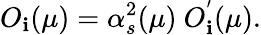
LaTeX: O_{\mathbf{i}}(\mu)=\alpha_{s}^{2}(\mu)~O_{\mathbf{i}}^{'}(\mu).